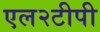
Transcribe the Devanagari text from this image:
एल२टीपी